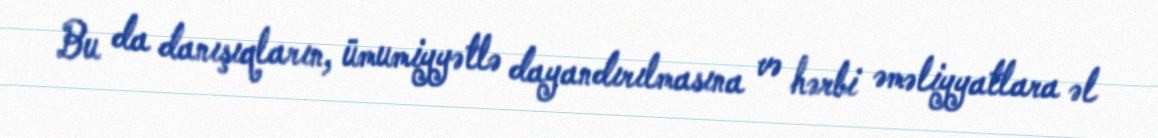
Bu da danışıqların, ümumiyyətlə dayandırılmasına və hərbi əməliyyatlara əl